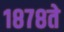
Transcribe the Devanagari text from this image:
१८७८ते